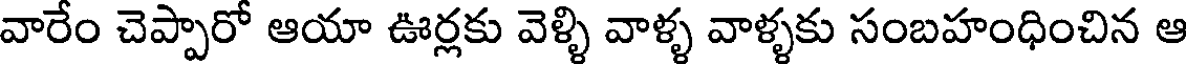
వారేం చెప్పారో ఆయా ఊర్లకు వెళ్ళి వాళ్ళ వాళ్ళకు సంబహంధించిన ఆ